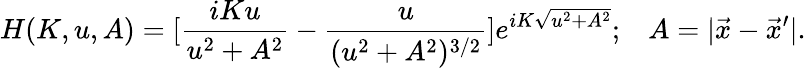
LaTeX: H(K,u,A)=[\frac{iKu}{u^{2}+A^{2}}-\frac{u}{(u^{2}+A^{2})^{3/2}}]e^{iK\sqrt{u^{2}+A^{2}}};\; \; \; A=|\vec{x}-\vec{x}^{\prime}|.